Report on vaccination in Madras 1904-1921 - 1904-1921
Year: 1904
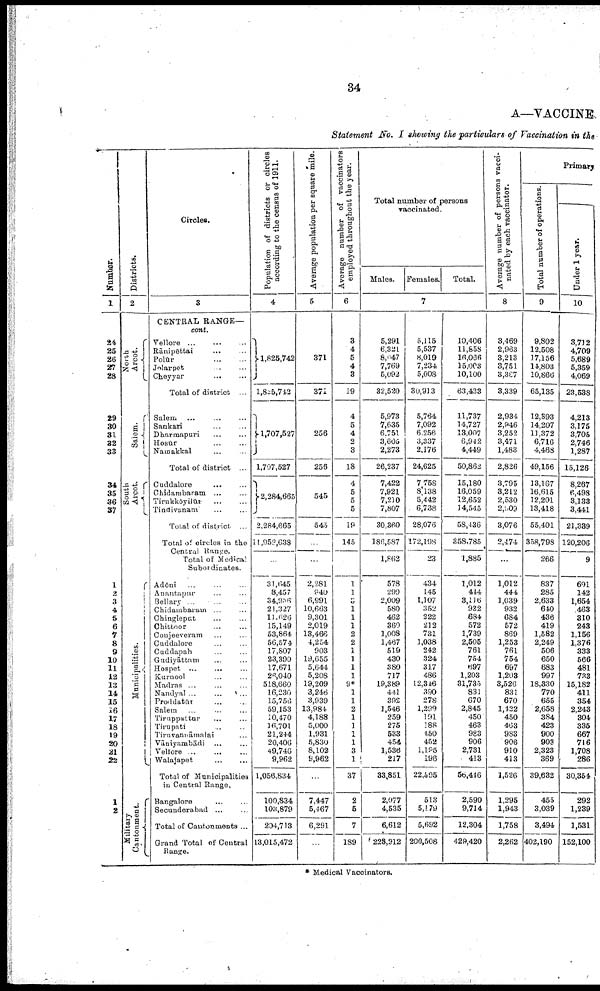
34
A—VACCINE.
Statement No. I showing the particulars of Vaccination in the
Number.
1
24
25
26
27
28
29
30
31
32
33
34
35
36
37
1
2
3
4
5
6
7
8
9
10
11
12
13
14
15
16
17
18
19
20
21
22
1
2
Districts.
2
North
Arcot.
Salem.
South
Arcot.
Municipalities.
Military
Cantonment.
Circles.
3
CENTRAL RANGE—
cont.
Vellore ...
Rānipēttai
Polūr...
...
Jolarpet... ...
Cheyyar...
...
Total of district ...
Salem... ...
Sankari... ...
Dharmapuri... ...
Hosūr... ...
Namakkal... ...
Total of district ...
Cuddalore... ...
Chidambaram... ...
Tirukkóyilūr... ...
Tindivanam... ...
Total of district. ...
Total of circles in the
Central Range
Total of Medical... ...
Subordinates.
Adóni... ...
Anantapur... ...
Bellary ...
...
Chidambaram... ...
Chingleput... ...
Chittoor... ...
Conjeeveram... ...
Cuddalore... ...
Cuddapah... ...
Gudiyāttam... ...
Hospet... ... ...
Kurnool... ...
Madras ...
Nandyal ...
...
...
Proddatūr... ...
Salem... ... ...
Tiruppattur... ...
Tirupati... ...
Tiruvannāmalai...
Vāniyambādi... ...
Vellore... ... ...
Walajapet... ...
Total of Municipalities
in Central Range.
Bangalore... ...
Secunderabad... ...
Total of Cantonments ...
Grand Total of Central
Range.
Population of districts or circles
according to the census of 1911.
4
1,825,742
l,825,742
1,707,527
1,707,527
2,284,665
2,284,665
11,953,638
...
31,645
8,457
34,956
21,327
11,626
15,149
53,864
56,574
17,807
23,390
17,671
26,040
518,660
16,230
15,756
59,153
10,470
16,701
21,244
20,406
49,746
9,962
1,056,834
100,834
103,879
204,713
13,015,472
Average population per square mile.
5
371
371
256
256
545
545
...
...
2,281
940
6,991
10,663
9,301
2,019
13,466
4,254
903
19,655
5,644
5,208
19,209
3,246
3,939
13,984
4,188
5,000
1,931
5,830
8,102
9,962
...
7,447
5,467
6,291
...
Average number of vaccinators
employed throughout the year.
6
3
4
5
4
3
19
4
5
4
2
3
18
4
5
0
5
19
145
...
1
1
3
1
1
1
2
2
1
1
1
1
9*
1
1
2
1
1
1
1
3
1
37
2
5
7
189
Total number of persons
vaccinated.
Males. Females.
Total.
7
5,291
6,321
8,047
7,769
5,092
32,520
5,973
7,635
6,751
3,605
2,273
26,237
7,422
7,921
7,210
7,807
30,360
186,587
1,862
578
299
2,009
580
462
360
1,008
1,467
519
430
380
717
19,389
441
392
1,546
259
275
533
454
1,536
217
33,851
2,077
4,535
6,612
228,912
5,115
5,537
8,019
7,234
5,008
30,913
5,764
7,092
6,256
3,337
2,176
24,625
7,758
8,l38
5,442
6,738
28,076
172,198
23
434
145
1,107
352
222
212
731
1,038
242
324
317
486
12,346
390
278
1,299
191
188
450
452
1,195
196
22,595
513
5,179
5,692
200,508
10,406
11,858
16,066
15,003
10,100
63,433
11,737
14,727
13,007
6,942
4,449
50,862
15,180
16,059
12,652
14,545
58,436
358,785
1,885
1,012
444
3,116
932
684
572
1,739
2,505
761
754
697
1,203
31,735
831
670
2,845
450
463
983
906
2,731
413
56,446
2,590
9,714
12,304
429,420
Average number of persons vacci
nated by each vaccinator.
8
3,469
2,963
3,213
3,751
3,387
3,339
2,934
2,946
3,252
3,471
1,483
2,826
3,795
3,212
2,530
2,509
3,076
2,474
...
1,012
444
1,039
932
684
572
869
1,253
761
754
697
1,208
3,526
831
670
1,422
450
463
983
906
910
413
1,526
1,295
1,943
1,758
2,262
Primary
Total number of operations.
9
9,802
12,508
17,156
14,803
10,866
65,135
12,393
14,207
11,372
6,716
4,468
49,156
13,167
16,615
12,201
13,418
55,401
358,798
266
837
285
2,633
640
436
419
1,582
2,249
506
650
683
997
18,330
770
655
2,658
384
423
900
903
2,323
369
39,632
455
3,039
3,494
402,190
Under 1 year.
10
3,712
4,709
5,689
5,359
4,069
23,538
4,213
3,175
3,705
2,746
1,287
15,126
8,267
6,498
3,133
3,441
21,339
120,206
9
691
142
1,654
463
310
243
1,156
1,376
333
566
481
733
15,182
411
354
2,243
304
335
667
716
1,708
286
30,354
292
1,289
1,531
152,100
* Medical Vaccinators.